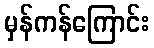
မှန်ကန်ကြောင်း